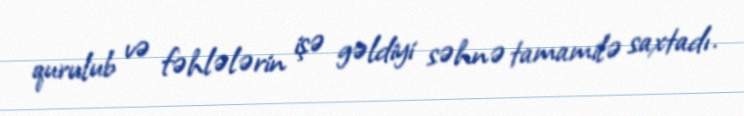
qurulub və fəhlələrin işə gəldiyi səhnə tamamilə saxtadı.